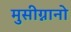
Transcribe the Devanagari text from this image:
मुसीग्नानो